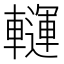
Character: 𨏂